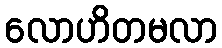
လောဟိတမလာ